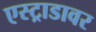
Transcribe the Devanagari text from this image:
एस्ट्राडावर